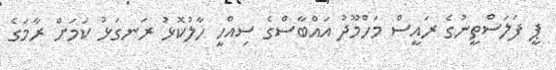
ޕީ ފަލަސްތީނުގެ ރައީސް މަހްމޫދު އައްބާސްގެ ސިއްހީ ހާލުކޮޅު ރަނގަޅު ކަމަށް ރާމަގެ